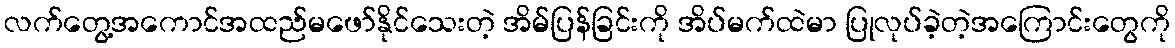
လက်တွေ့အကောင်အထည်မဖော်နိုင်သေးတဲ့ အိမ်ပြန်ခြင်းကို အိပ်မက်ထဲမာ ပြုလုပ်ခဲ့တဲ့အကြောင်းတွေကို